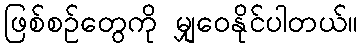
ဖြစ်စဉ်တွေကို မျှဝေနိုင်ပါတယ်။